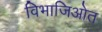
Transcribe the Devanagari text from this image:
विभाजिओत